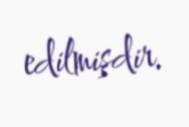
edilmişdir.